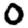
Digit: 0